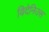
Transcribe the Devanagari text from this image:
विदेनिउस